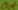
Text: out